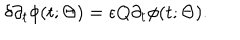
LaTeX: \delta \partial _ { t } \phi ( t ; \Theta ) = \epsilon Q \partial _ { t } \phi ( t ; \Theta ) .